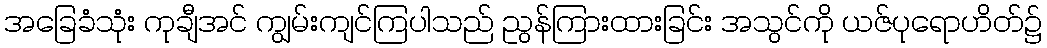
အခြေခံသုံး ကုချီအင် ကျွမ်းကျင်ကြပါသည် ညွန်ကြားထားခြင်း အသွင်ကို ယဇ်ပုရောဟိတ်၌